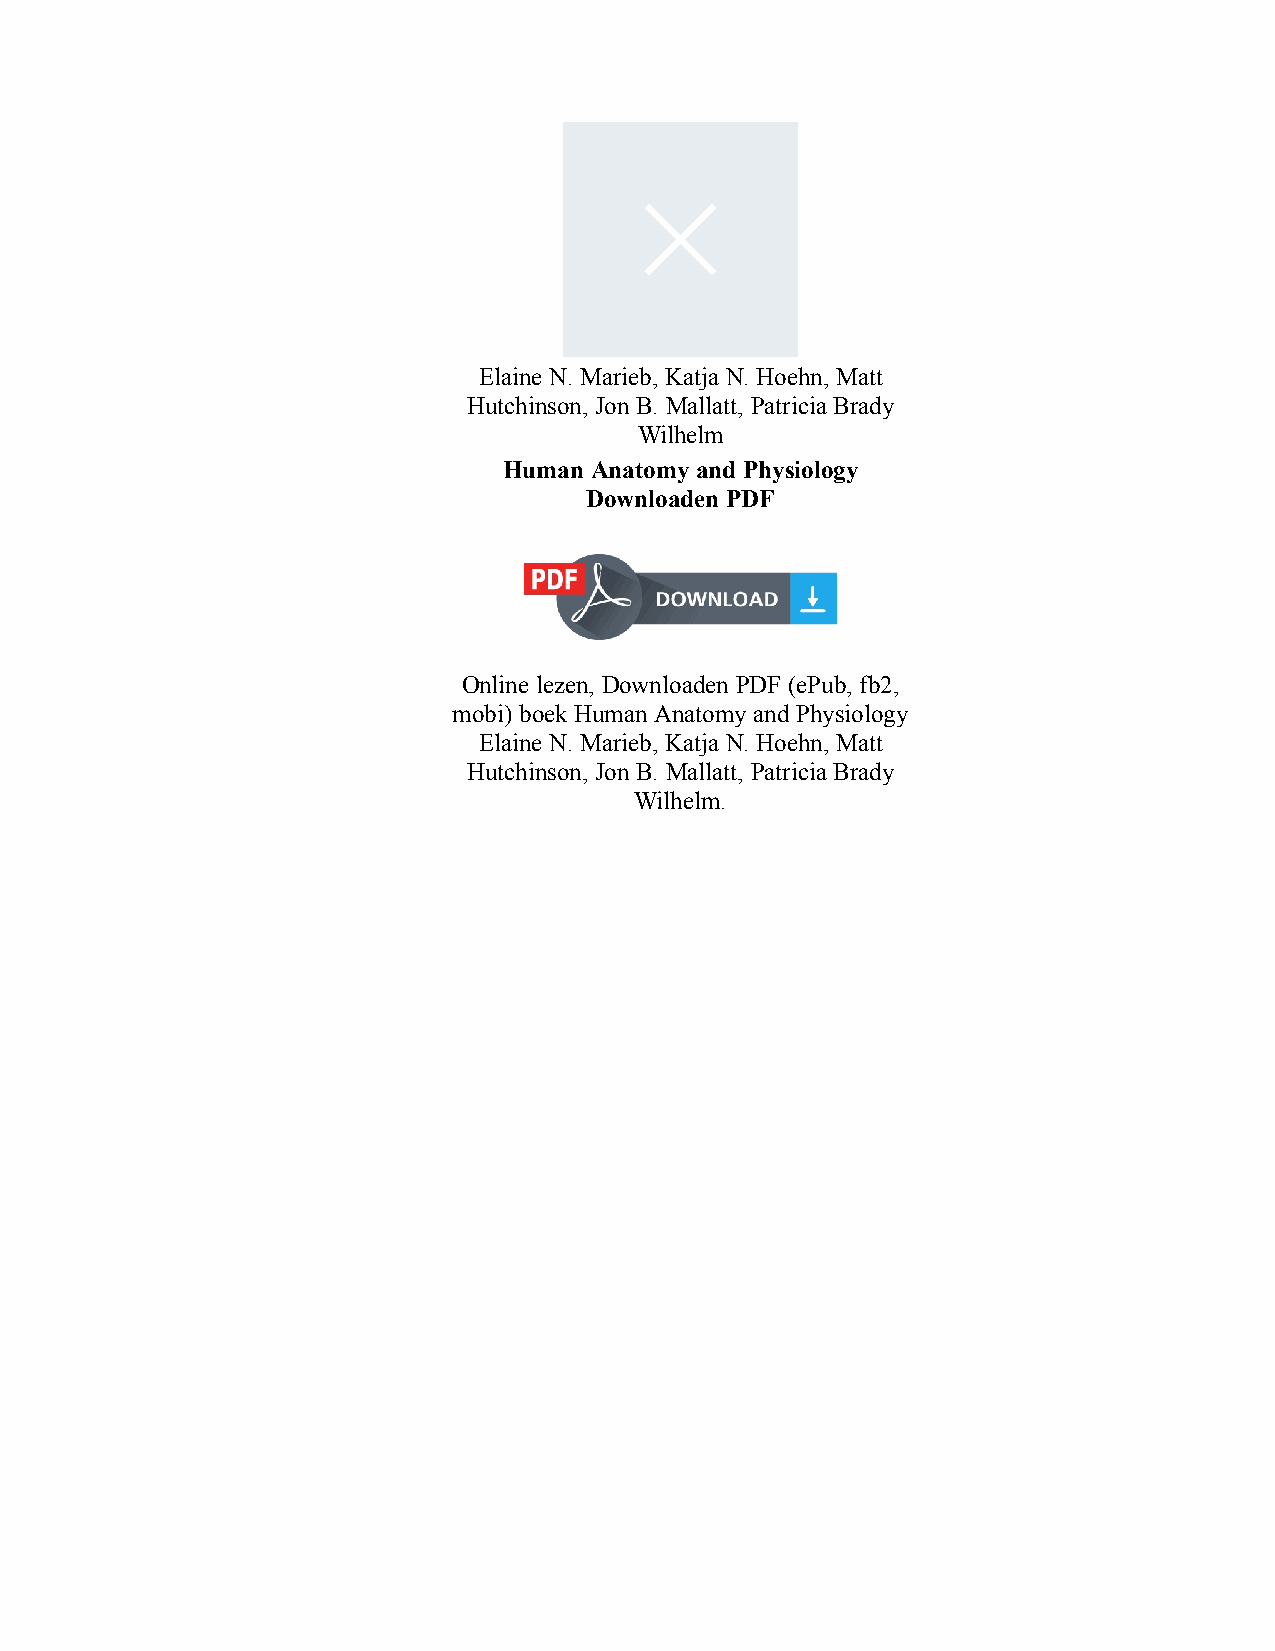
Elaine N. Marieb, Katja N. Hoehn, Matt
 Hutchinson, Jon B. Mallatt, Patricia Brady
 Wilhelm
 Human Anatomy and Physiology
 Downloaden PDF
 Online lezen, Downloaden PDF (ePub, fb2,
 mobi) boek Human Anatomy and Physiology
 Elaine N. Marieb, Katja N. Hoehn, Matt
 Hutchinson, Jon B. Mallatt, Patricia Brady
 Wilhelm.